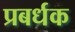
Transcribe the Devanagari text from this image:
प्रबर्धक